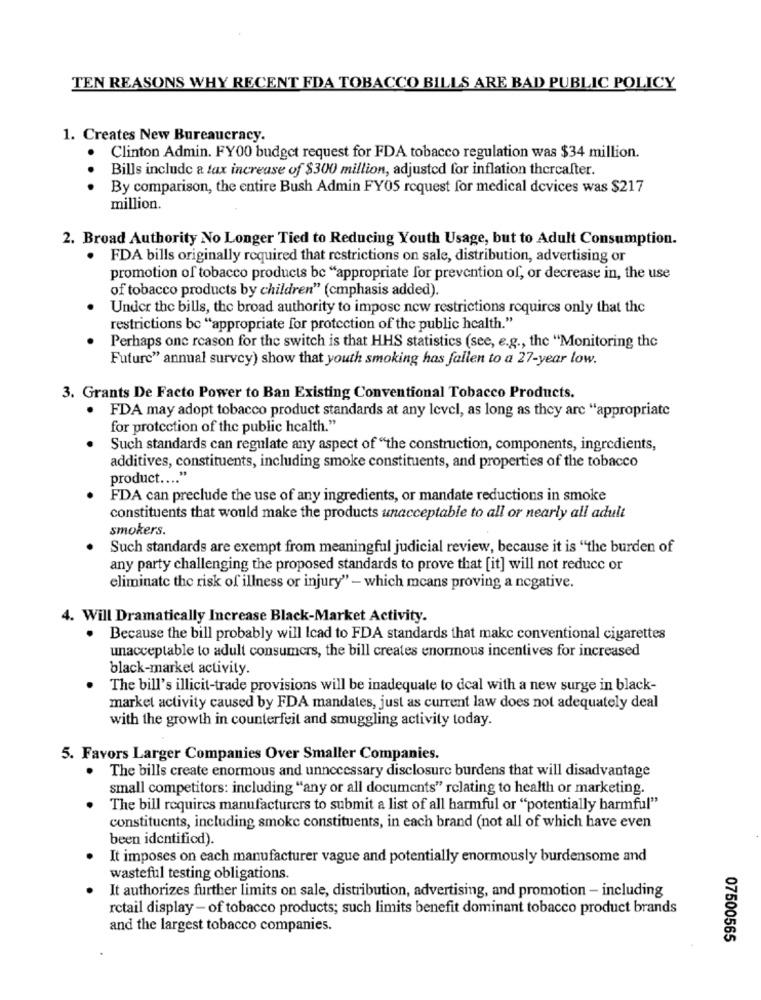
TEN REASONS WHY RECENT FDA TOBACCO BILLS ARE BAD PUBLIC POLICY
1. Creates New Bureaucracy.
Clinton Admin. FY00 budget request for FDA tobacco regulation was $34 million.
Bills include a tax increase of $300 million, adjusted for inflation thereafter.
.. .
By comparison, the entire Bush Admin FY05 request for medical devices was $217
million.
2. Broad Authority No Longer Tied to Reducing Youth Usage, but to Adult Consumption.
· FDA bills originally required that restrictions on sale, distribution, advertising or
promotion of tobacco products be "appropriate for prevention of, or decrease in, the use
of tobacco products by children" (cmphasis added).
Under the bills, the broad authority to impose new restrictions requires only that the
restrictions bc "appropriate for protection of the public health."
Perhaps one reason for the switch is that HHS statistics (see, e.g ., the "Monitoring the
Future" annual survey) show that youth smoking has fallen to a 27-year low.
3. Grants De Facto Power to Ban Existing Conventional Tobacco Products.
FDA may adopt tobacco product standards at any level, as long as they are "appropriate
for protection of the public health."
Such standards can regulate any aspect of "the construction, components, ingredients,
additives, constituents, including smoke constituents, and properties of the tobacco
product .... "
FDA can preclude the use of any ingredients, or mandate reductions in smoke
constituents that would make the products unacceptable to all or nearly all adult
smokers.
Such standards are exempt from meaningful judicial review, because it is "the burden of
any party challenging the proposed standards to prove that [it] will not reduce or
eliminate the risk of illness or injury" - which means proving a negative.
4. Will Dramatically Increase Black-Market Activity.
. Because the bill probably will Icad to FDA standards that make conventional cigarettes
unacceptable to adult consumers, the bill creates enormous incentives for increased
black-market activity.
The bill's illicit-trade provisions will be inadequate to deal with a new surge in black-
market activity caused by FDA mandates, just as current law does not adequately deal
with the growth in counterfeit and smuggling activity today.
5. Favors Larger Companies Over Smaller Companies.
The bills create enormous and unnecessary disclosure burdens that will disadvantage
small competitors: including "any or all documents" relating to health or marketing.
The bill requires manufacturers to submit a list of all harmful or "potentially harmful"
constituents, including smoke constituents, in each brand (not all of which have even
been identified).
It imposes on each manufacturer vague and potentially enormously burdensome and
wasteful testing obligations.
It authorizes further limits on sale, distribution, advertising, and promotion - including
retail display - of tobacco products; such limits benefit dominant tobacco product brands
and the largest tobacco companies.
07500565